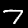
Label: 7